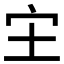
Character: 𫲵